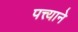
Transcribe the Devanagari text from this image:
पत्त्याने